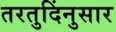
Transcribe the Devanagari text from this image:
तरतुदिंनुसार